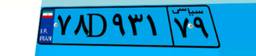
۷۸D۹۳۱۷۹